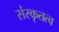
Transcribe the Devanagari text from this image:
संस्कृतत्व